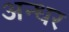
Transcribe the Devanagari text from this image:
अन्धर